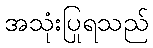
အသုံးပြုရသည်